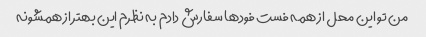
من تو این محل از همه فست فود‌ها سفارش دادم به نظرم این بهتر از همشونه